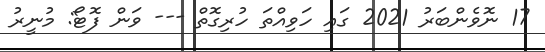
17 ނޮވެންބަރު 2021 ގައި ހަވިއްތަ ހުރިގޮތް --- ވަން ފޮޓޯ: މުނީރު